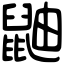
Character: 鼬